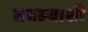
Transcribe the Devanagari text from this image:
तबल्याशी